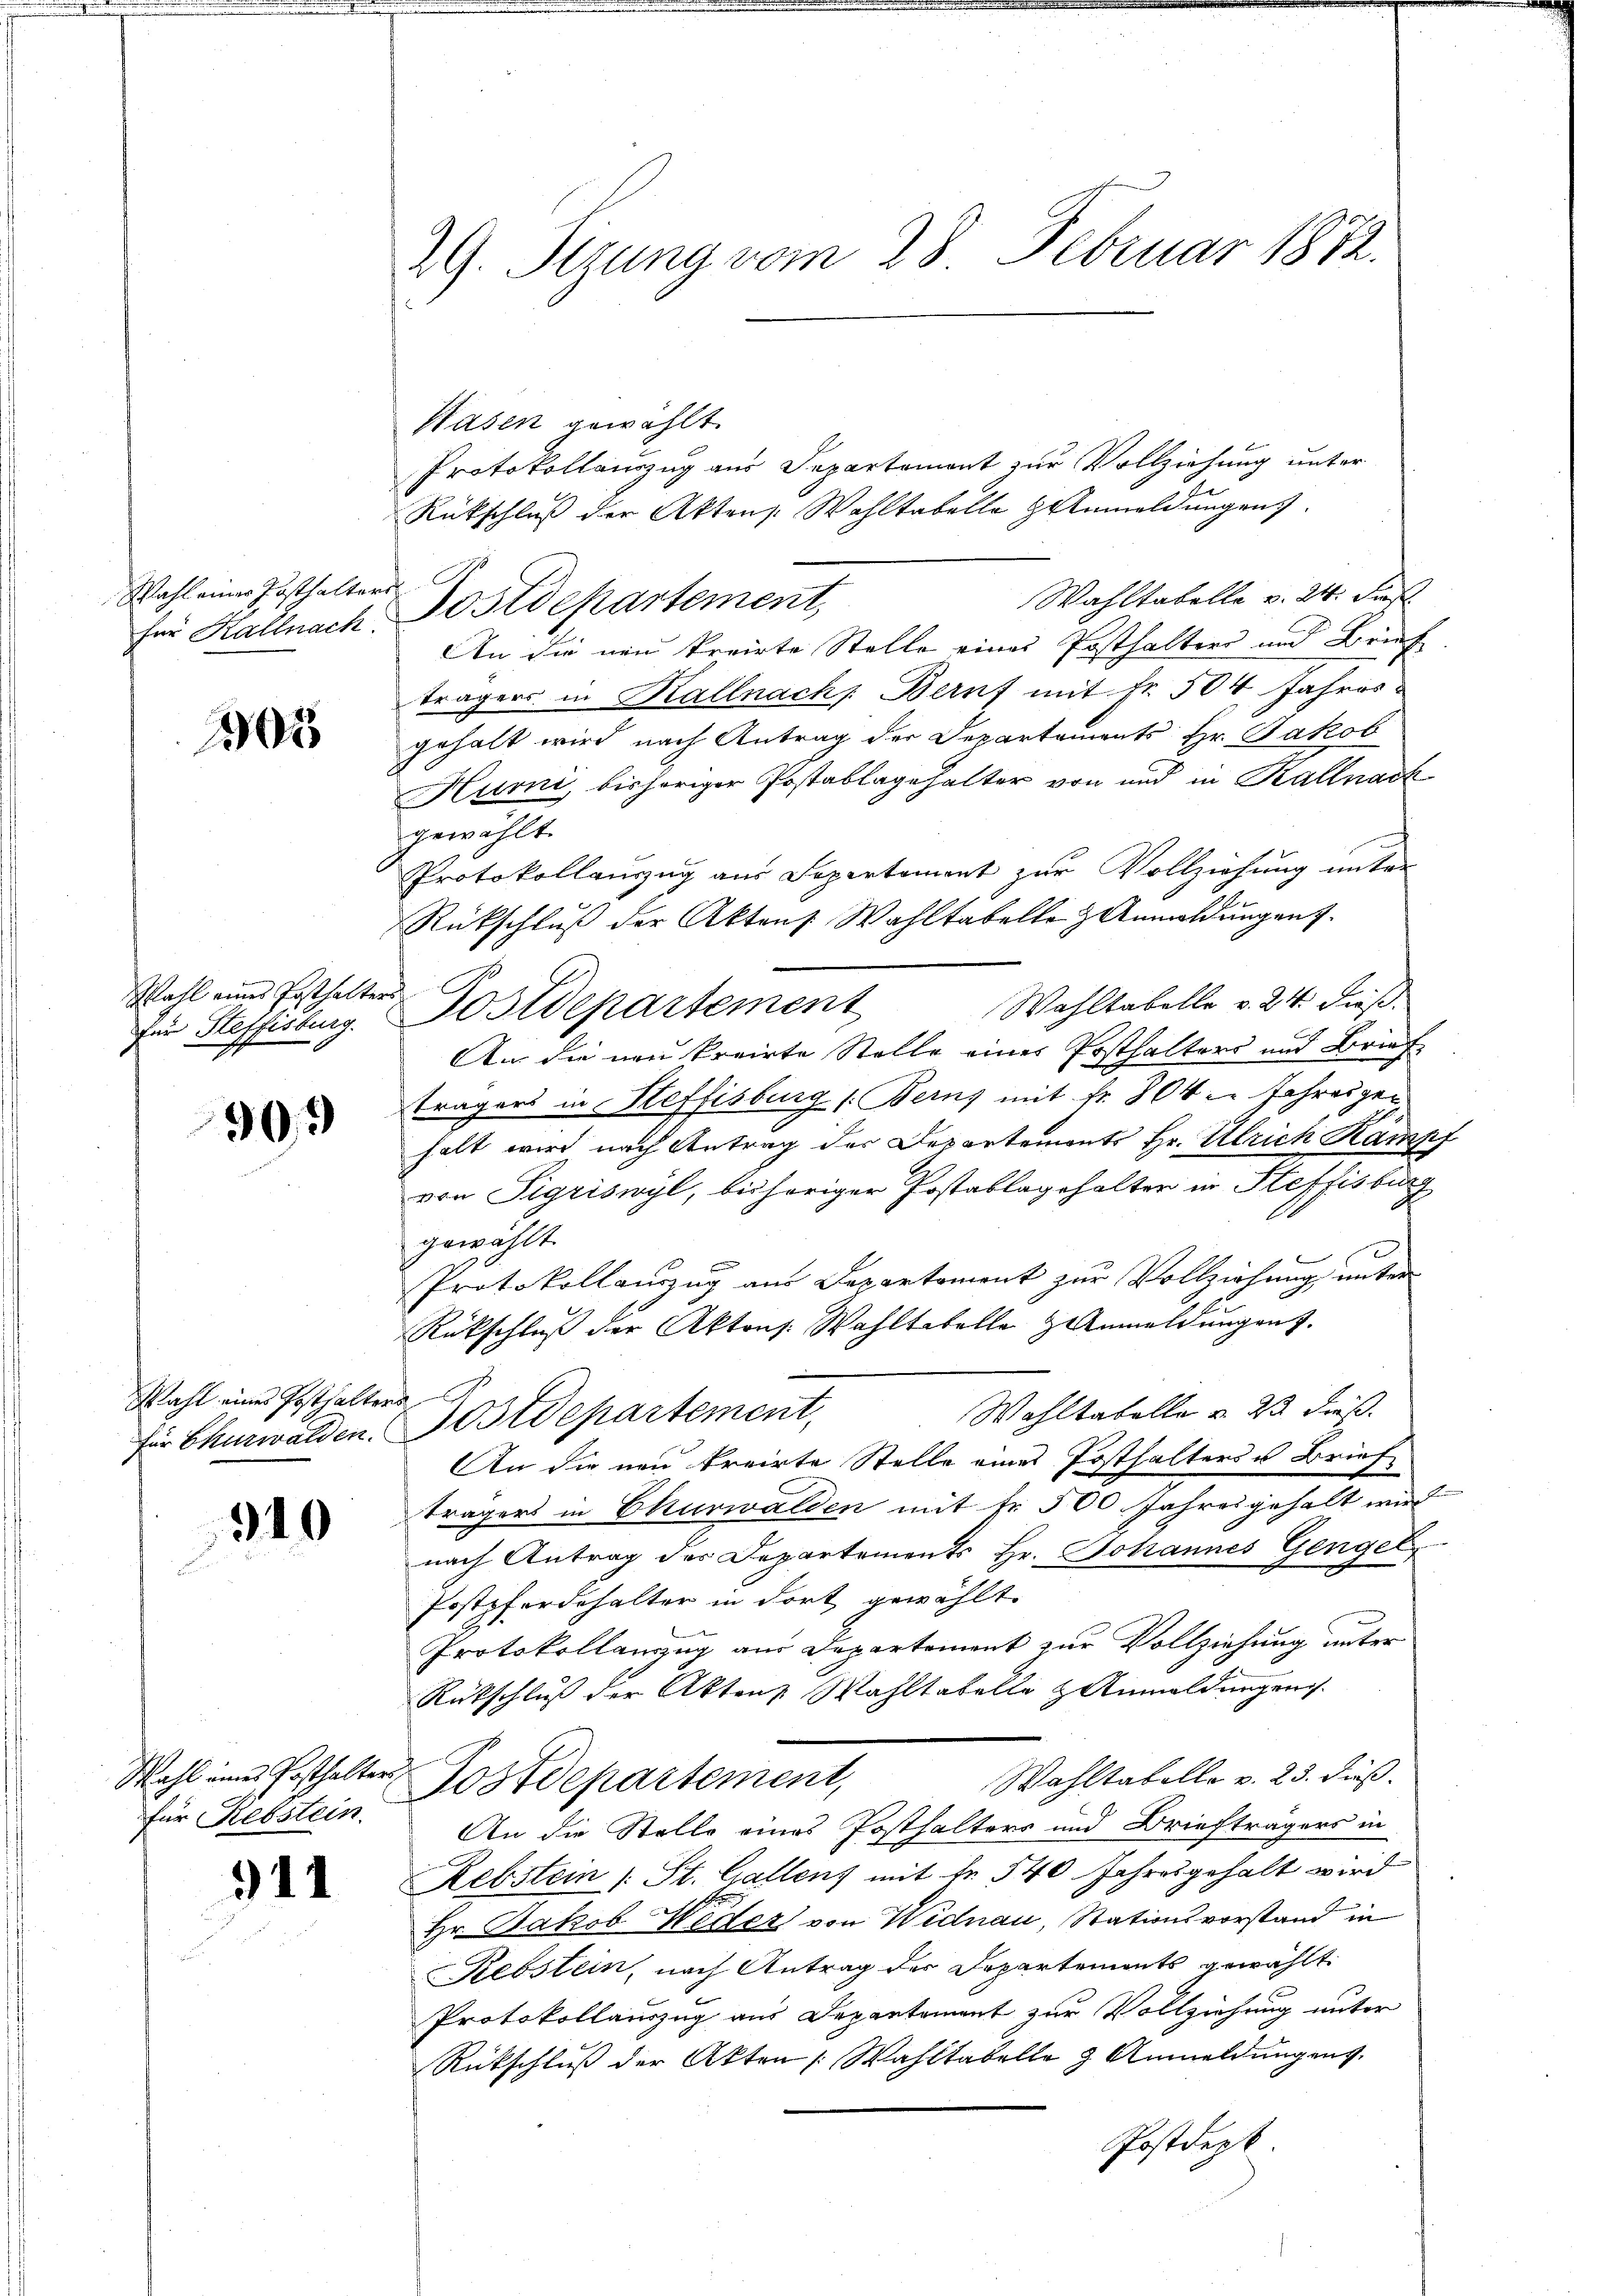
Wahl einer Posthalters

105

Wahl eines Posthalters

903

Wahl eines Posthalters

340

941

29. Segung vom 28. Februar 1872.

Hasen gewählt.
Protokollauszug aus Departement zur Vollziehung unter
Rückschluß der Akten. Wohltabelle 3 Anmeldungen.
Wahltabelle v. 24. Fenst
An die neu kreirte Stelle eines Posthalters und Brief
trägers in Kallnach Beruf mit Fr. 504 Jahres
gehalt wird nach Antrag der Departements Hr. Jakob
Hurni, bishöriger Postablagehalter von und in Kalnach
gewählt.
Protokollauszug aus Separtement zur Vollziehung unter
Rückschlŭβ der Aktens Wahltabelle 3 Anmeldungen.
Wahltabelle v. 24. dießfür Steffisburg. Postdepartement
An die neu krairte Stelle eines Posthalters und Briefe
trägers in Steffisburg (Berns mit fr. 804 Jahresgehalt wird nach Antrag der Departemonts Hr. Ulrich Kampf
von Sigriswyl, bisheriger Postablagehalter in Heffisburg
gewählt.
Protokollauszug aus Departement zur Vollziehung unter
Rückschluß der Aktens. Wahltabelle Anmeldungen z.
Wohltabelle u. 23 dieß.
für Churwalden Postdepartement,
An die neu kreirte Stelle eines Posthalters Brief
trägers in Churwalden mit Fr. 500 Jahresgehalt wird
nach Antrag der Departements Hr. Johannes Genget
Postpferdehalter in dort gewählt.
e
Protokollanzug aus Departement zur Vollziehung unter
Rückschluß der Akten Wahltabelle & Anmeldungen.
Wahltabelle v. 23. dieß.
Wohl einer Posthalter Postdepartement,
für Rebstein. An die Stelle eines Posthalters und Briefträgers in
Rebstein (: St. Gallenz mit fr. 540 Jahresgehalt wird
Hr. Jakob Weder von Widnau, Stationsvorstand in
Rebstein, nach Antrag der Departements gewählt
Protokollauszug aus Departement zur Vollziehung unter
Rückschluß der Akten Wahltabelle 3 Anmeldungens
Postdept

für Kalnach Postdepartement,